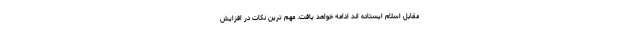
مقابل اسلام ایستاده اند ادامه خواهد یافت. مهم ترین نکات در افزایش